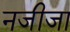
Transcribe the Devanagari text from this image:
नजीजा